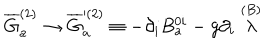
\overline { { { G } } } _ { a } ^ { ( 2 ) } \rightarrow \overline { { { G } } } _ { a } ^ { \prime ( 2 ) } \equiv - \partial _ { i } B _ { a } ^ { 0 i } - g \partial _ { i } \stackrel { ( B ) } { \lambda }